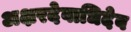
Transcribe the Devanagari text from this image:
अक्षरदेवाधिदेव